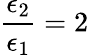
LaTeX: \frac{\epsilon_{2}}{\epsilon_{1}}=2